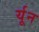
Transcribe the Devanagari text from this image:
र्यून